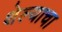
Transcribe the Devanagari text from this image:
शेल्याचा